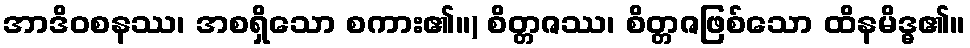
အာဒိဝစနဿ၊ အစရှိသော စကား၏။) စိတ္တဇဿ၊ စိတ္တဇဖြစ်သော ထိနမိဒ္ဓ၏။